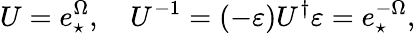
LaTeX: U=e_{\star}^{\Omega},\quad U^{-1}=\left(-\varepsilon\right)U^{\dagger}\varepsilon=e_{\star}^{-\Omega},